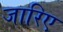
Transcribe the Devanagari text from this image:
जारिए